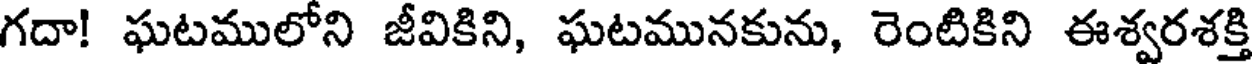
గదా! ఘటములోని జీవికిని, ఘటమునకును, రెంటికిని ఈశ్వరశక్తి